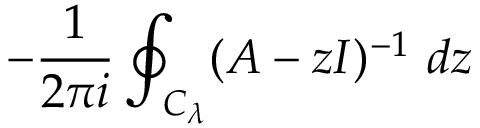
- { \frac { 1 } { 2 \pi i } } \oint _ { C _ { \lambda } } ( A - z I ) ^ { - 1 } ~ d z